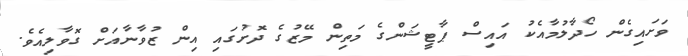
ވަށައިގެން ހޯދާލުމާއެކު އައިސް ޕާޓީޝަންގެ މަތިން މޭޒުގެ ދޮށުގައި އިން ޒުވާނާއަށް ގޮވާލިއެވެ.